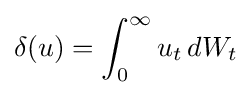
\delta (u)=\int _{0}^{\infty }u_{t}\,dW_{t}